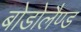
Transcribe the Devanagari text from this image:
बोडोलैण्ड